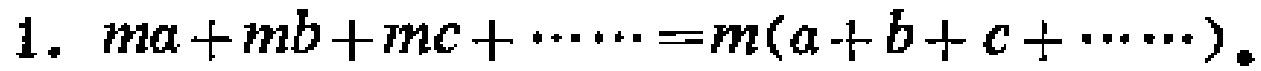
1. \(ma + mb+mc+\cdots=m(a + b + c+\cdots)\)